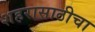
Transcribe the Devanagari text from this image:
शहरासाठीचा